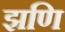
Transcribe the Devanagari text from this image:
झणि